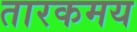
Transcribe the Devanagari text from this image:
तारकमय